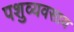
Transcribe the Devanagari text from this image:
पशुव्यवसाय